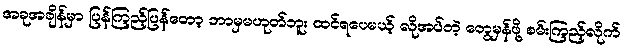
အခုအချိန်မှာ ပြန်ကြည့်ပြန်တော့ ဘာမှမဟုတ်ဘူး ထင်ရပေမယ့် လိုအပ်တဲ့ တွေမှန်ဖို့ စမ်းကြည့်လိုက်